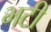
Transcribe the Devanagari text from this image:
भटी